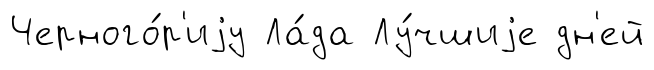
Черного́р'иjу Ла́да Лу́чшиjе дн'ей